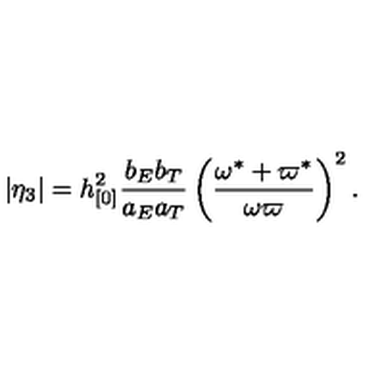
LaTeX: | \eta _ { 3 } | = h _ { [ 0 ] } ^ { 2 } \frac { b _ { E } b _ { T } } { a _ { E } a _ { T } } \left( \frac { \omega ^ { \ast } + \varpi ^ { \ast } } { \omega \varpi } \right) ^ { 2 } .